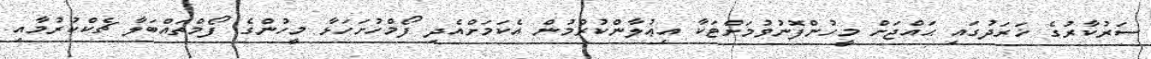
ސަރުކާރުގެ ޚަރަދުގައި ޙައްޖަށް މީހުންފޮނުވުމަށްޓަކާ އިޢުލާންކުރުމުން އެކަމަށްއެދި ފޯމްހުށަހަޅާ މީހުންގެ ފޯމްތައްބަލާ ޗެކްކުރުމާއި